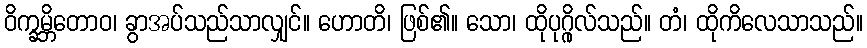
ဝိက္ခမ္ဘိတောဝ၊ ခွာအပ်သည်သာလျှင်။ ဟောတိ၊ ဖြစ်၏။ သော၊ ထိုပုဂ္ဂိုလ်သည်။ တံ၊ ထိုကိလေသာသည်။